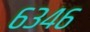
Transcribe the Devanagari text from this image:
६३४६